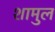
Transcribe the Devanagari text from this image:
शामुल